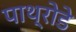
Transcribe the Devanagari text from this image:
पाथ्रोडे